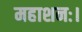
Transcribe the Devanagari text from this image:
महाशनः।